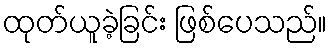
ထုတ်ယူခဲ့ခြင်း ဖြစ်ပေသည်။